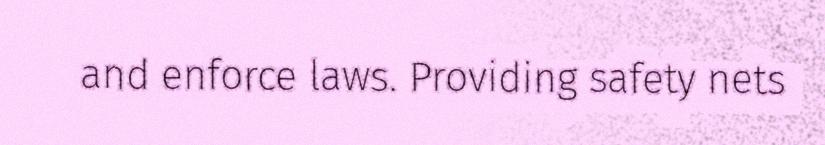
and enforce laws. Providing safety nets